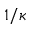
1 / \protect \kappa